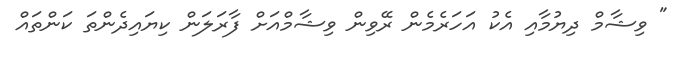
" ވިޝާމް ދިޔުމާއި އެކު އަހަރެމެން ރޭވިން ވިޝާމްއަށް ފާރަލަން ކިޔައިދެންތަ ކަންތައް